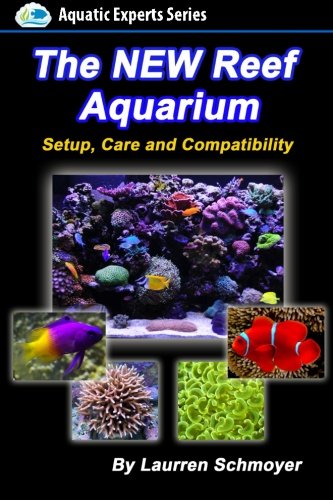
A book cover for The New Reef Aquarium: Setup, Care and Compatibility (+ Free Bonus Material) (Aquatic Experts); Mr Laurren J Schmoyer; Crafts, Hobbies & Home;